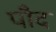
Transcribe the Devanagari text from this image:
पौद